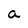
Character: a